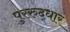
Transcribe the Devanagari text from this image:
पुररुद्धार